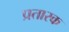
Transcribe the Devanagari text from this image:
प्रतारक